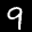
Digit: 9